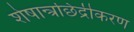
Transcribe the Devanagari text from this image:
शेषान्त्रछिद्रीकरण